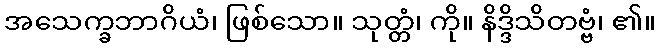
အသေက္ခဘာဂိယံ၊ ဖြစ်သော။ သုတ္တံ၊ ကို။ နိဒ္ဒိသိတဗ္ဗံ၊ ၏။